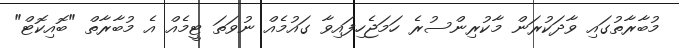
މުބާރާތުގައި ވާދަކުރަން މާކުރިންސުރެ ހަމަޖެހިފައިވާ ގައުމެއް ނުވަތަ ޓީމެއް އެ މުބާރާތް "ބޮއިކޮޓް"